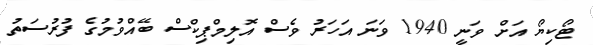
ޓޯކިޔޯ އަށް ވަނީ 1940 ވަނަ އަހަރު ވެސް އޮލިމްޕިކްސް ބޭއްވުމުގެ ފުރުސަތު